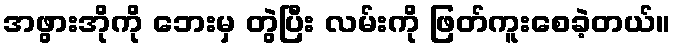
အဖွားအိုကို ဘေးမှ တွဲပြီး လမ်းကို ဖြတ်ကူးစေခဲ့တယ်။